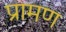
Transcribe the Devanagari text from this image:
प्रामण